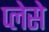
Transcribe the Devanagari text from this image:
प्लेसे